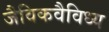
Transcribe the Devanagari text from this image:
जैविकवैविध्य